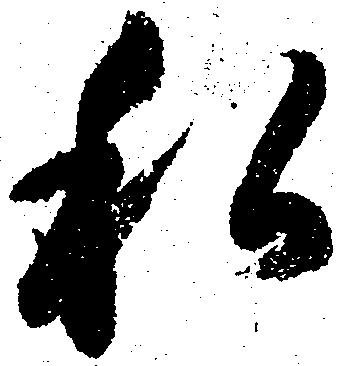
私